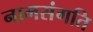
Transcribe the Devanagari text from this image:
नामसंगति